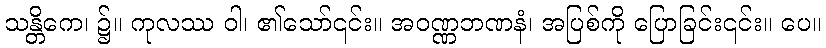
သန္တိကေ၊ ၌။ ကုလဿ ဝါ၊ ၏သော်၎င်း။ အဝဏ္ဏဘဏနံ၊ အပြစ်ကို ပြောခြင်း၎င်း။ ပေ။